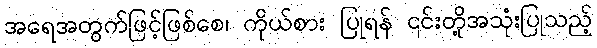
အရေအတွက်ဖြင့်ဖြစ်စေ၊ ကိုယ်စား ပြုရန် ၎င်းတို့အသုံးပြုသည့်